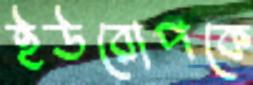
ইউরোপকে